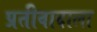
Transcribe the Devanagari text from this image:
प्रतीवादाला